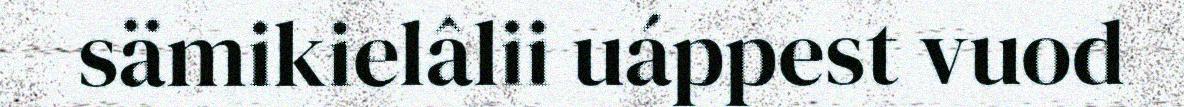
sämikielâlii uáppest vuod